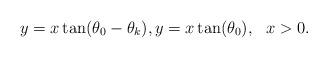
LaTeX: \begin{align*}y = x\tan(\theta_0-\theta_k), y= x\tan(\theta_0), \,\,\,\, x>0.\end{align*}